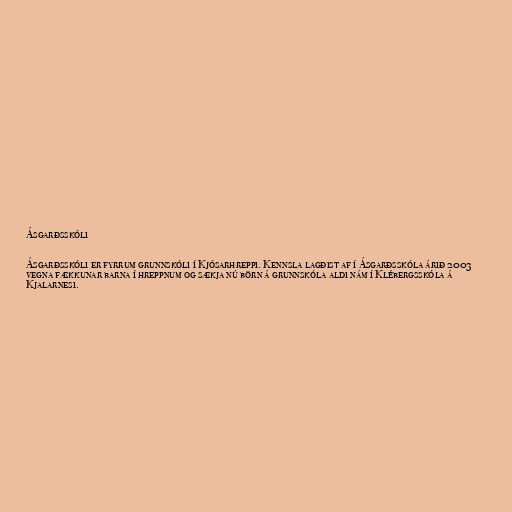
Ásgarðsskóli

Ásgarðsskóli er fyrrum grunnskóli í Kjósarhreppi. Kennsla lagðist af í Ásgarðsskóla árið 2003
vegna fækkunar barna í hreppnum og sækja nú börn á grunnskóla aldi nám í Klébergsskóla á
Kjalarnesi.